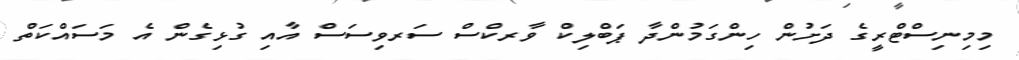
މިމިނިސްޓްރީގެ ދަށުން ހިންގަމުންދާ ޕަބްލިކް ވާރކްސް ސަރވިސަސް އާއި ގުޅިގެން އެ މަސައްކަތް